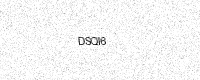
Text: DSQI6